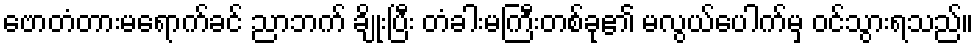
ဗောတံတားမရောက်ခင် ညာဘက် ချိုးပြီး တံခါးမကြီးတစ်ခု၏ မလွယ်ပေါက်မှ ဝင်သွားရသည်။